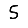
Digit: 5